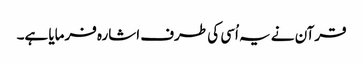
قرآن نے یہ اُسی کی طرف اشارہ فرمایا ہے۔